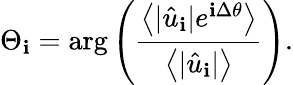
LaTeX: \Theta_{\mathbf{i}}=\mathrm{{arg}}\left(\frac{{\left\langle|\hat{{u}}_{\mathbf{i}}|e^{\mathbf{i}\Delta\theta}\right\rangle}}{{\left\langle|\hat{{u}}_{\mathbf{i}}|\right\rangle}}\right).